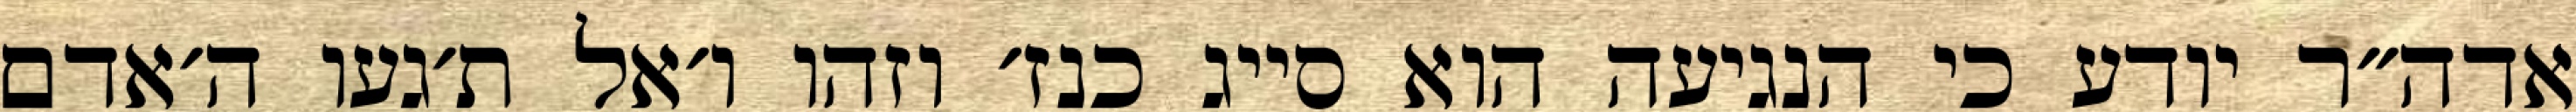
אדה״ר יודע כי הנגיעה הוא סייג כנז׳ וזהו ו׳אל ת׳געו ה׳אדם